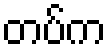
တပ်က